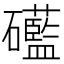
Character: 礷